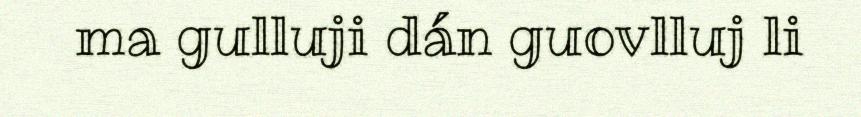
ma gulluji dán guovlluj li